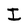
Character: I